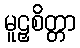
မူဠှစိတ္တာ